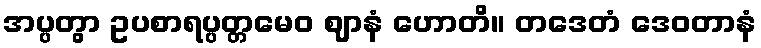
အပ္ပတွာ ဥပစာရပ္ပတ္တမေဝ ဈာနံ ဟောတိ။ တဒေတံ ဒေဝတာနံ